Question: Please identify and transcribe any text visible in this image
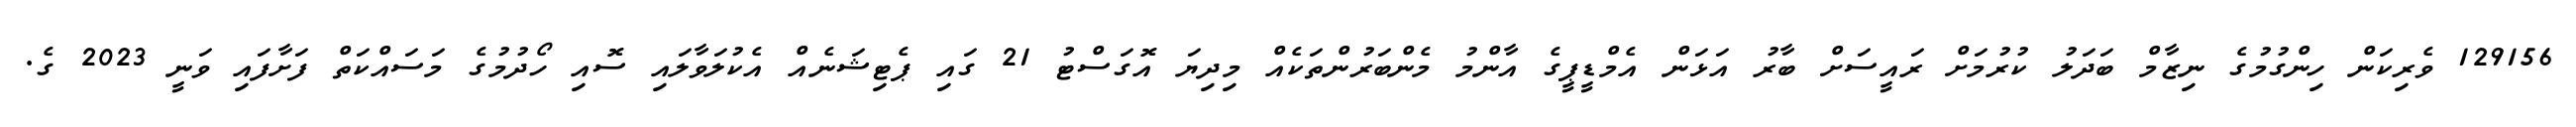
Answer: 129156 ވެރިކަން ހިންގުމުގެ ނިޒާމް ބަދަލު ކުރުމަށް ރައީސަށް ބާރު އަޅަން އެމްޑީޕީގެ އާންމު މެންބަރުންތަކެއް މިދިޔަ އޮގަސްޓު 21 ގައި ޕެޓިޝަނެއް އެކުލަވާލައި ސޮއި ހޯދުމުގެ މަސައްކަތް ފަށާފައި ވަނީ 2023 ގެ.